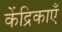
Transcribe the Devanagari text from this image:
केंद्रिकाएँ